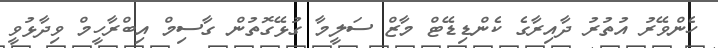
ހެންވޭރު އުތުރު ދާއިރާގެ ކެންޑިޑޭޓް މާޒް ސަލީމާ ގުޅޭގޮތުން ގާސިމް އިބްރާހީމް ވިދާޅުވީ